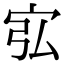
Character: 宖